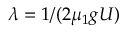
\lambda = 1 / ( 2 \mu _ { 1 } g U )